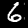
Label: 6